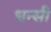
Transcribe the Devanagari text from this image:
धन्सी